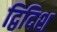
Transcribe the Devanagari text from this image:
द्विदिश